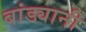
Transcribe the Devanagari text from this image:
बांड्यानी